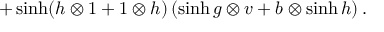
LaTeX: + \sinh ( h \otimes 1 + 1 \otimes h ) \, ( \sinh g \otimes v + b \otimes \sinh h ) \, .